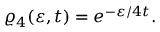
\varrho _ { 4 } ( \varepsilon , t ) = e ^ { - \varepsilon / 4 t } \nonumber .